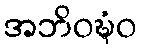
အဘိဝဍ္ဎံဝ